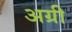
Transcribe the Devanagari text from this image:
अग्री